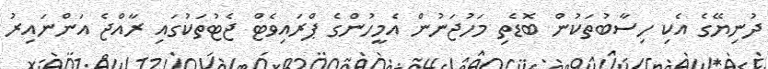
ދުނިޔޭގެ އެކި ހިސާބުތަކުން ބޮޑެތި މަހުޖަނުން އެމީހުންގެ ޕްރައިވެޓް ޖެޓުތަކުގައި ރާއްޖެ އަންނައިރު